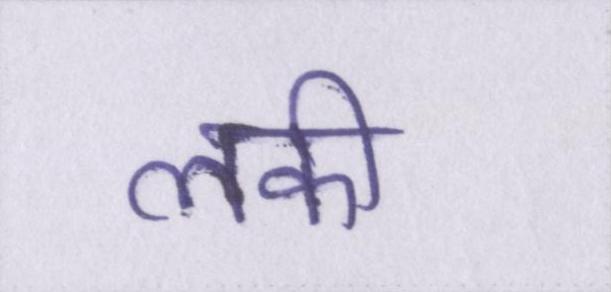
लकी